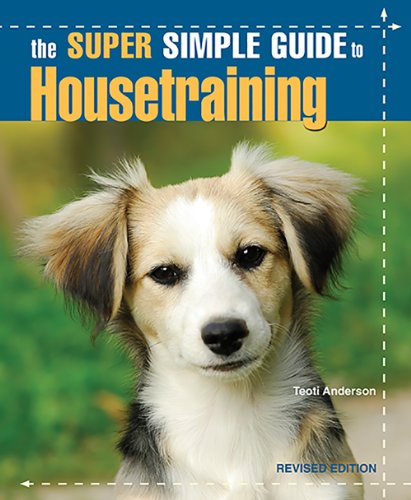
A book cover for The Super Simple Guide to Housetraining; Teoti Anderson; Crafts, Hobbies & Home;